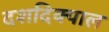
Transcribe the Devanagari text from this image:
दशदिक्पाल